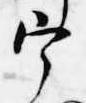
宰